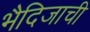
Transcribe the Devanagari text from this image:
भैदिजाची